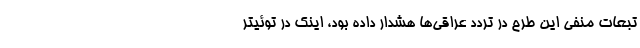
تبعات منفی این طرح در تردد عراقی‌ها هشدار داده بود، اینک در توئیتر